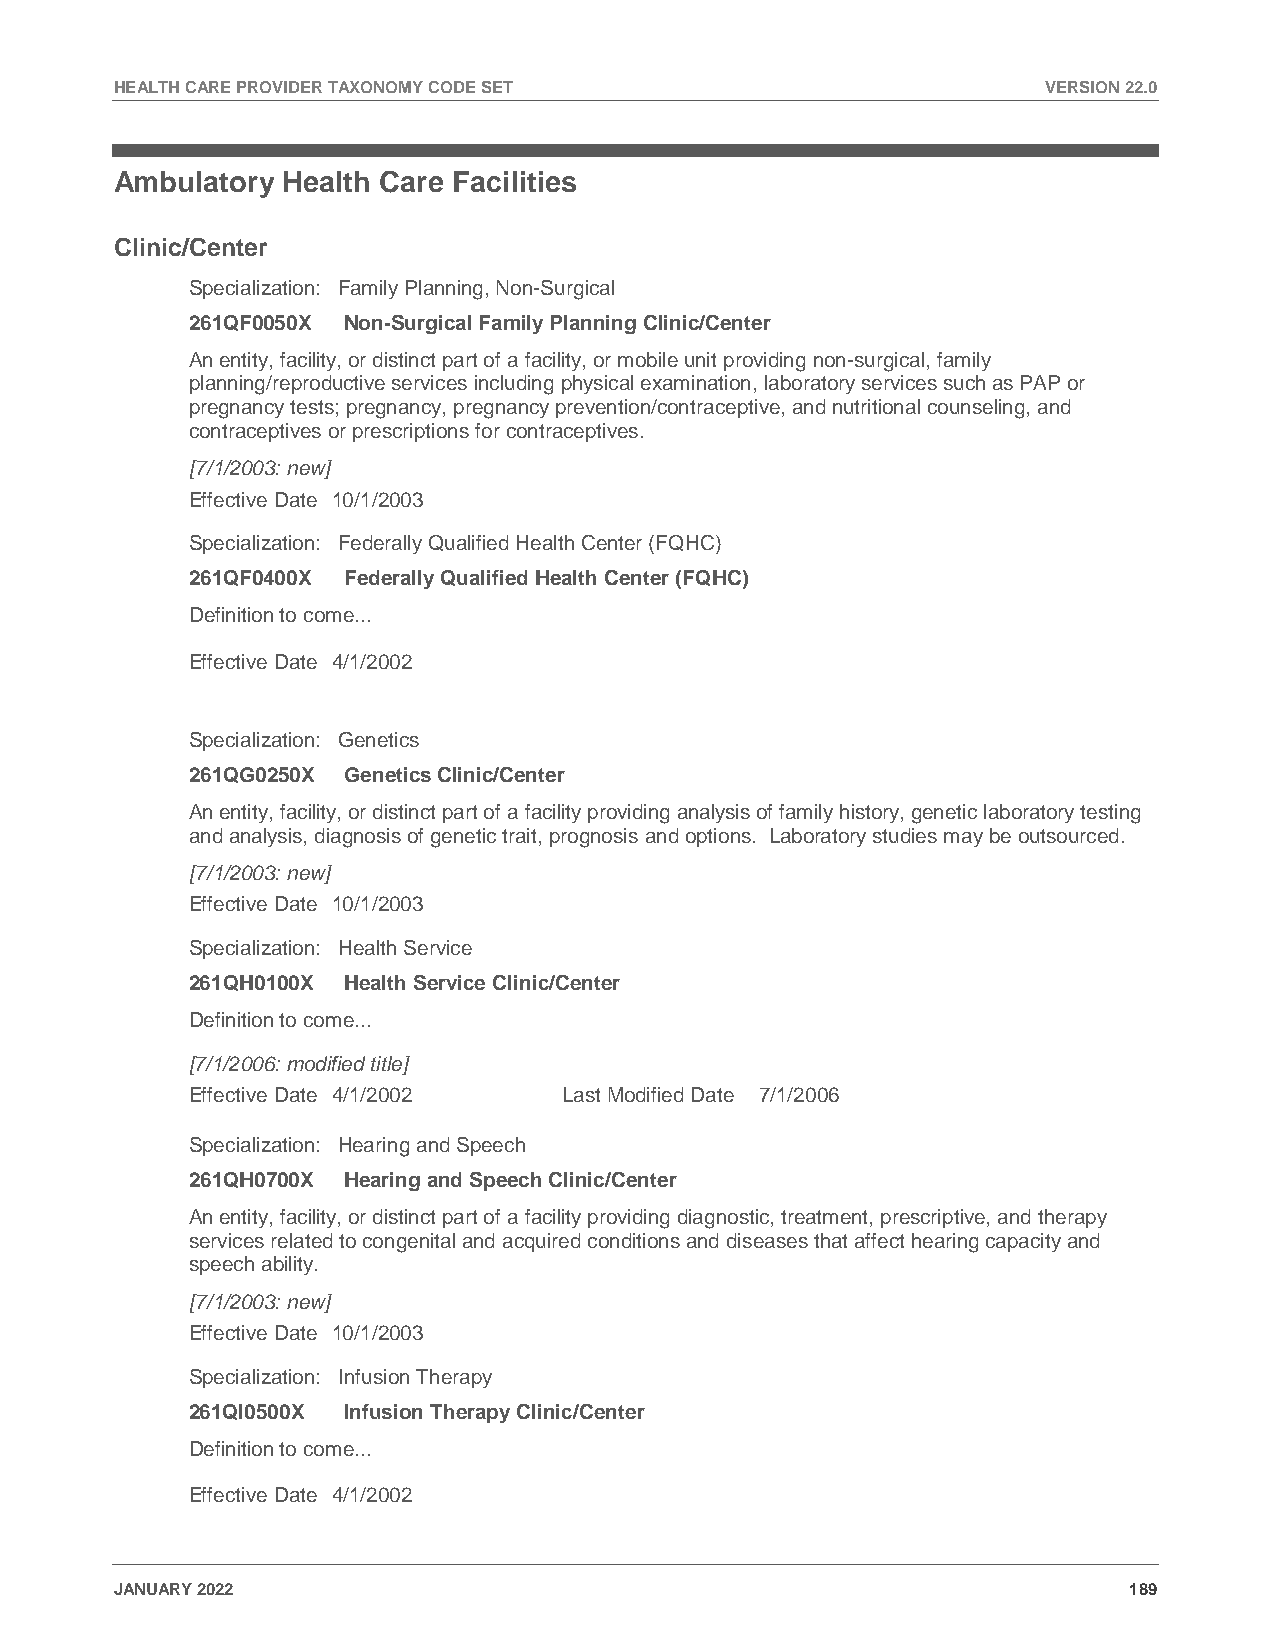
HEALTH CARE PROVIDER TAXONOMY CODE SET                       VERSION 22.0
 Ambulatory Health Care Facilities
 Clinic/Center
 Specialization: Family Planning, Non-Surgical
 261QF0050X Non-Surgical Family Planning Clinic/Center
 An entity, facility, or distinct part of a facility, or mobile unit providing non-surgical, family
 planning/reproductive services including physical examination, laboratory services such as PAP or
 pregnancy tests; pregnancy, pregnancy prevention/contraceptive, and nutritional counseling, and
 contraceptives or prescriptions for contraceptives.
 [7/1/2003: new]
 Effective Date 10/1/2003
 Specialization: Federally Qualified Health Center (FQHC)
 261QF0400X Federally Qualified Health Center (FQHC)
 Definition to come...
 Effective Date 4/1/2002
 Specialization: Genetics
 261QG0250X Genetics Clinic/Center
 An entity, facility, or distinct part of a facility providing analysis of family history, genetic laboratory testing
 and analysis, diagnosis of genetic trait, prognosis and options. Laboratory studies may be outsourced.
 [7/1/2003: new]
 Effective Date 10/1/2003
 Specialization: Health Service
 261QH0100X Health Service Clinic/Center
 Definition to come...
 [7/1/2006: modified title]
 Effective Date 4/1/2002  Last Modified Date 7/1/2006
 Specialization: Hearing and Speech
 261QH0700X Hearing and Speech Clinic/Center
 An entity, facility, or distinct part of a facility providing diagnostic, treatment, prescriptive, and therapy
 services related to congenital and acquired conditions and diseases that affect hearing capacity and
 speech ability.
 [7/1/2003: new]
 Effective Date 10/1/2003
 Specialization: Infusion Therapy
 261QI0500X Infusion Therapy Clinic/Center
 Definition to come...
 Effective Date 4/1/2002
 JANUARY 2022                                                       189